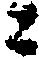
々